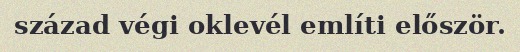
század végi oklevél említi először.